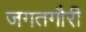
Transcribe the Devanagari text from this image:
जगतगौरी